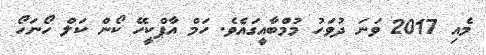
މެއި 2017 ވަނަ ދުވަހު މުމްބާއީގައެވެ. ހަމް އާޕްކީހޭ ކޯން ކަލް ހޯނަހޯ